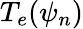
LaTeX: T_{e}(\psi_{n})